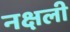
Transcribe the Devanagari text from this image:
नक्षली